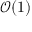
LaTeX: { \mathcal { O } } ( 1 )